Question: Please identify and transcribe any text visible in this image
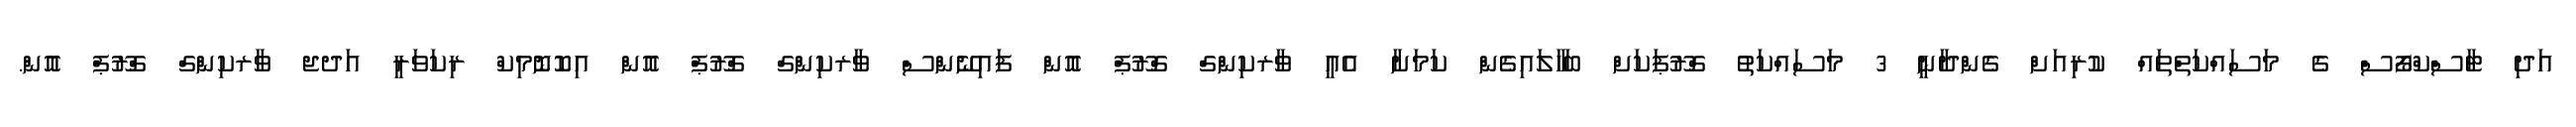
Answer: އަދި ޓާސްކްފޯސް ގެ މަސައްކަތްތައް ކުރިއަށް ގެންދާނީ 3 މަސައްކަތު ގްރޫޕަކަށް ބަހާލައިގެން ކަމަށާ އެއީ ވާރކިންގް ގްރޫޕް އޮން ފައިނޭންސް ވާރކިންގް ގްރޫޕް އޮން އިކޮނޮމިކް ރިކަވަރީ އަދޖ ވާރކިންގް ގްރޫޕް އޮން.